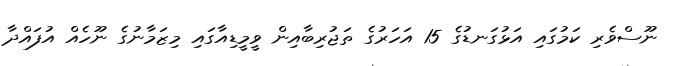
ނޫސްވެރި ކަމުގައި އަޅުގަނޑުގެ 15 އަހަރުގެ ތަޖުރިބާއިން ވީމީޑިއާގައި މިޒަމާނުގެ ނޫހެއް އުފައްދާ